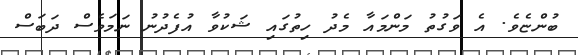
ބުންޏެވެ. އެ ވަގުތު މަންމައާ މެދު ހިތުގައި ޝަކުވާ އުފެދުނު ނަމަވެސް ދަބަސް